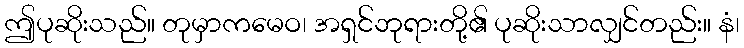
ဤပုဆိုးသည်။ တုမှာကမေဝ၊ အရှင်ဘုရားတို့၏ ပုဆိုးသာလျှင်တည်း။ နံ၊